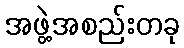
အဖွဲ့အစည်းတခု